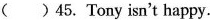
( ) 45. Tony isn't happy.